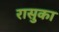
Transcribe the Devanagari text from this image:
रासुका